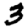
Digit: 3